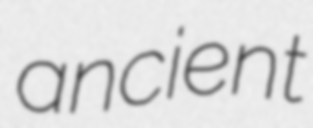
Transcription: ancient